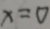
x = 0